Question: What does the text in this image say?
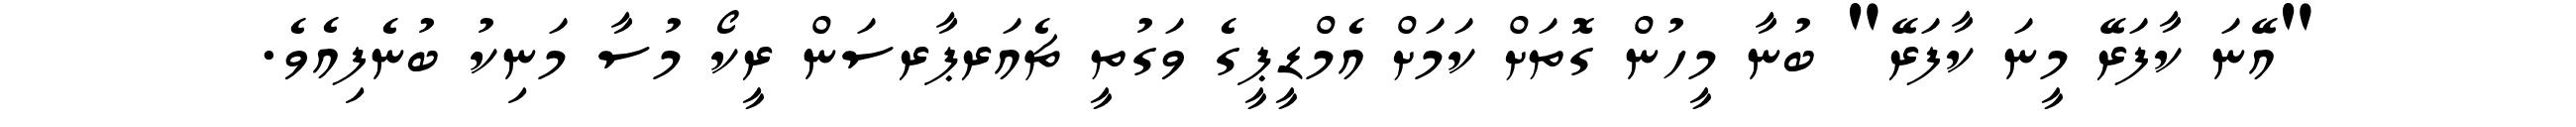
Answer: "އޭނަ ކާފަރޭ މީނަ ކާފަރޭ" ބުނާ މީހުން ގޮތަށް ކަމަށް އެމްޑީޕީގެ ވަގުތީ ޗެއަރޕާރސަން ރީކޯ މުސާ މަނިކު ބުނެފިއެވެ.